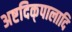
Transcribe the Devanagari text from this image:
अष्टदिक्‌पालादि